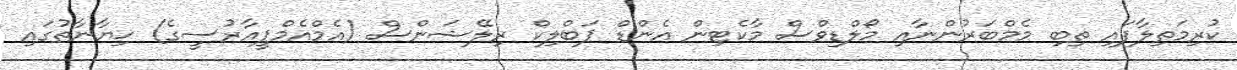
ކުރިމަތިލާފައި ތިބި މެމްބަރުންނާއި މޯލްޑިވްސް މާކެޓިން އެންޑް ޕަބްލިކް ރިލޭޝަންސް (އެމްއެމްޕީއާރުސީގެ) ޚިޔާނާތުގައި